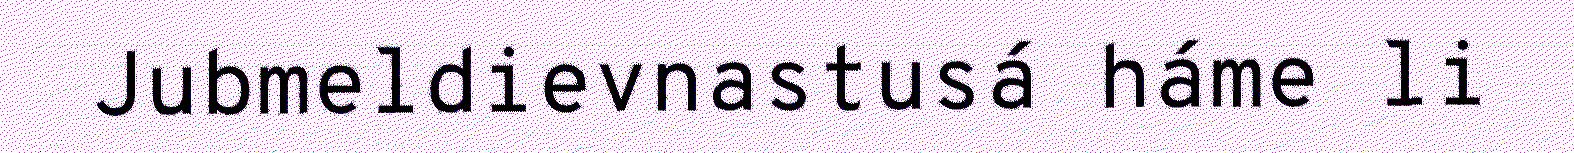
Jubmeldievnastusá háme li